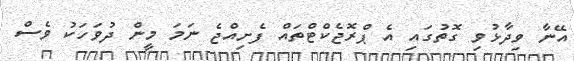
އޭނާ ވިދާޅުވި ގޮތުގައި އެ ޕްރޮޖެކްޓްތައް ފެށިއްޖެ ނަމަ މީން ދުވަހަކު ވެސް